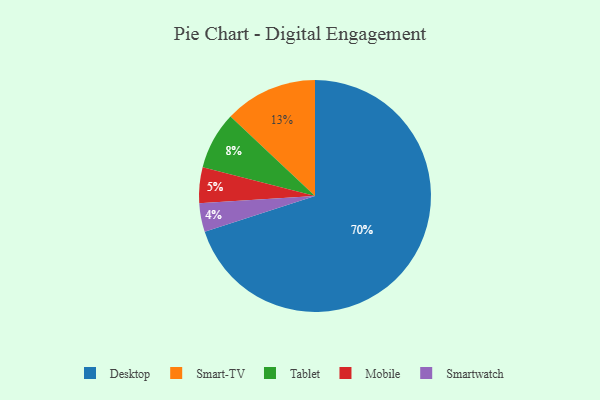
{"axis": {"x": "Category", "y": "Percentage"}, "legend": ["Desktop", "Mobile", "Smart-TV", "Smartwatch", "Tablet"], "data": [{"x": "Smart-TV", "y": 13, "type": "Smart-TV"}, {"x": "Smartwatch", "y": 4, "type": "Smartwatch"}, {"x": "Mobile", "y": 5, "type": "Mobile"}, {"x": "Desktop", "y": 70, "type": "Desktop"}, {"x": "Tablet", "y": 8, "type": "Tablet"}]}